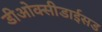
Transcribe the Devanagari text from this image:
डीओक्सीडाईसड